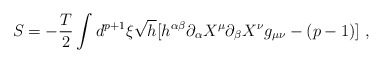
\begin{align*}S = -\frac{T}{2} \int d^{p+1}\xi \sqrt{h} [h^{\alpha \beta}\partial_{\alpha} X^{\mu}\partial_{\beta}X^{\nu}g_{\mu \nu} - (p-1)]\;,\end{align*}